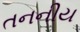
તનનીય